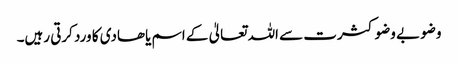
وضو بے وضو کثرت سے اللہ تعالیٰ کے اسم یاھادی کا ورد کرتی رہیں۔